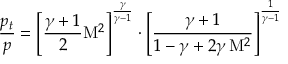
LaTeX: { \frac { p _ { t } } { p } } = \left[ { \frac { \gamma + 1 } { 2 } } \mathrm { M } ^ { 2 } \right] ^ { \frac { \gamma } { \gamma - 1 } } \cdot \left[ { \frac { \gamma + 1 } { 1 - \gamma + 2 \gamma \, \mathrm { M } ^ { 2 } } } \right] ^ { \frac { 1 } { \gamma - 1 } }